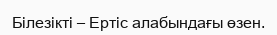
Білезікті – Ертіс алабындағы өзен.